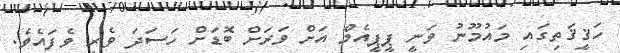
ހަޤީޤަތިގައި މައުމޫނު ވަނީ ޕީޕީއެމް އަށް ވަރަށް ބޮޑަށް ހަސަދަ ވެރި ވެފައެވެ.